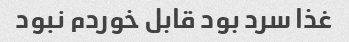
غذا سرد بود قابل خوردم نبود